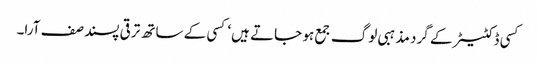
کسی ڈکٹیٹر کے گرد مذہبی لوگ جمع ہو جاتے ہیں‘ کسی کے ساتھ ترقی پسند صف آرا۔